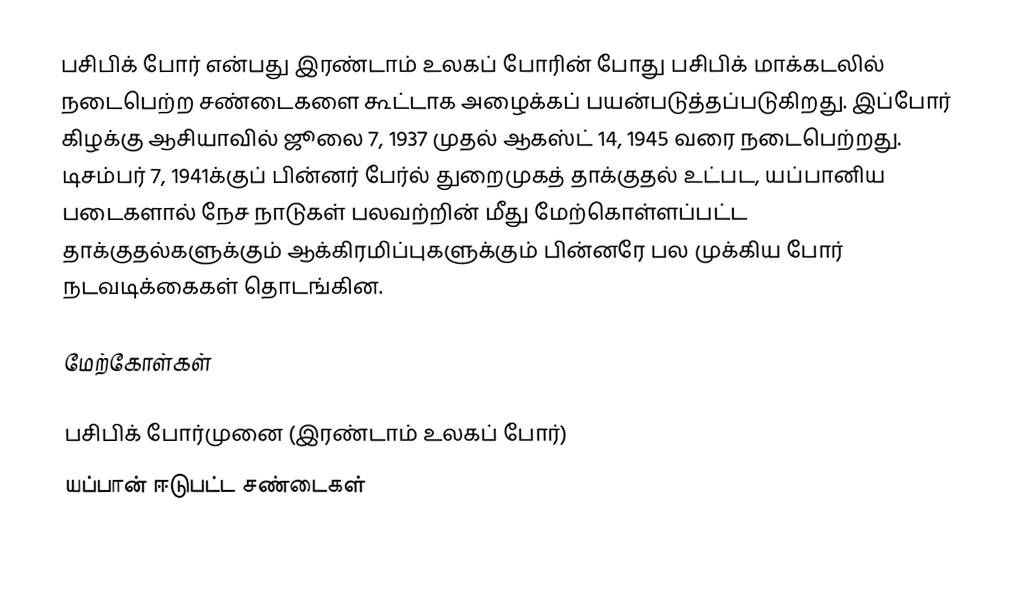
பசிபிக் போர் என்பது இரண்டாம் உலகப் போரின் போது பசிபிக் மாக்கடலில் நடைபெற்ற சண்டைகளை கூட்டாக அழைக்கப் பயன்படுத்தப்படுகிறது. இப்போர் கிழக்கு ஆசியாவில் ஜூலை 7,  1937 முதல் ஆகஸ்ட் 14, 1945 வரை நடைபெற்றது. டிசம்பர் 7, 1941க்குப் பின்னர் பேர்ல் துறைமுகத் தாக்குதல் உட்பட,  யப்பானிய படைகளால்  நேச நாடுகள் பலவற்றின் மீது மேற்கொள்ளப்பட்ட தாக்குதல்களுக்கும் ஆக்கிரமிப்புகளுக்கும் பின்னரே பல முக்கிய போர் நடவடிக்கைகள் தொடங்கின.

மேற்கோள்கள்

பசிபிக் போர்முனை (இரண்டாம் உலகப் போர்)
யப்பான் ஈடுபட்ட சண்டைகள்